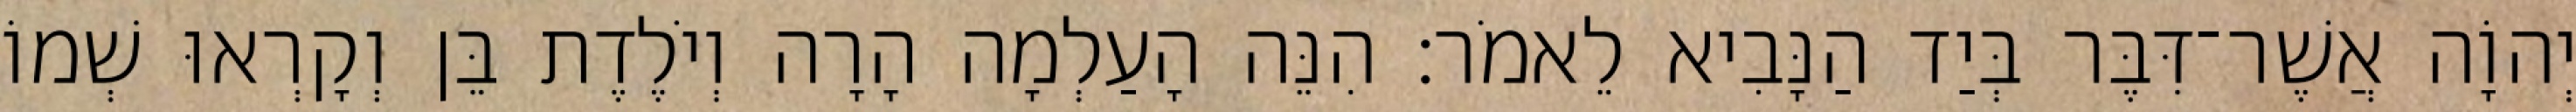
יְהוָֹה אֲשֶׁר־דִּבֶּר בְּיַד הַנָּבִיא לֵאמֹר׃ הִנֵּה הָעַלְמָה הָרָה וְיֹלֶדֶת בֵּן וְקָרְאוּ שְׁמוֹ